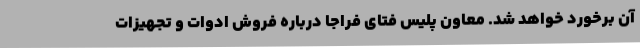
آن برخورد خواهد شد. معاون پلیس فتای فراجا درباره فروش ادوات و تجهیزات